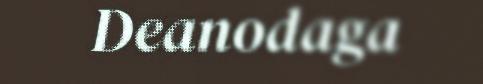
Deanodaga